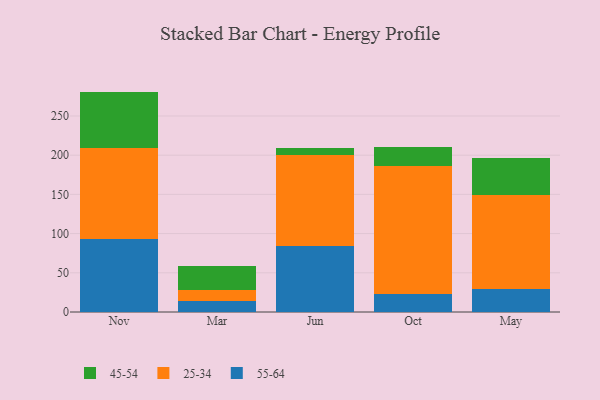
{"axis": {"x": "Month", "y": "Market Share (%)"}, "legend": ["25-34", "45-54", "55-64"], "data": [{"x": "Nov", "y": 92.6, "type": "55-64"}, {"x": "Nov", "y": 116.7, "type": "25-34"}, {"x": "Nov", "y": 71.8, "type": "45-54"}, {"x": "Mar", "y": 13.7, "type": "55-64"}, {"x": "Mar", "y": 14.6, "type": "25-34"}, {"x": "Mar", "y": 30.2, "type": "45-54"}, {"x": "Jun", "y": 84.1, "type": "55-64"}, {"x": "Jun", "y": 116.7, "type": "25-34"}, {"x": "Jun", "y": 8.0, "type": "45-54"}, {"x": "Oct", "y": 22.7, "type": "55-64"}, {"x": "Oct", "y": 164.1, "type": "25-34"}, {"x": "Oct", "y": 23.3, "type": "45-54"}, {"x": "May", "y": 29.6, "type": "55-64"}, {"x": "May", "y": 119.6, "type": "25-34"}, {"x": "May", "y": 47.8, "type": "45-54"}]}